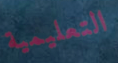
التعليمية